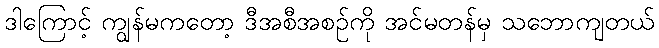
ဒါကြောင့် ကျွန်မကတော့ ဒီအစီအစဉ်ကို အင်မတန်မှ သဘောကျတယ်